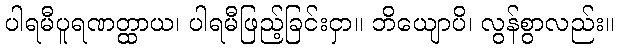
ပါရမီပူရဏတ္ထာယ၊ ပါရမီဖြည့်ခြင်းငှာ။ ဘိယျောပိ၊ လွန်စွာလည်း။